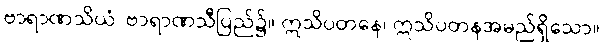
ဗာရာဏသိယံ၊ ဗာရာဏသီပြည်၌။ ဣသိပတနေ၊ ဣသိပတနအမည်ရှိသော။